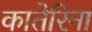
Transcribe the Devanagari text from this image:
कातेरिना